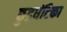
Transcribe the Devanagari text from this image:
छुद्रघंटिका